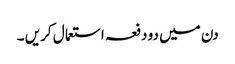
دن میں دو دفعہ استعما ل کریں ۔